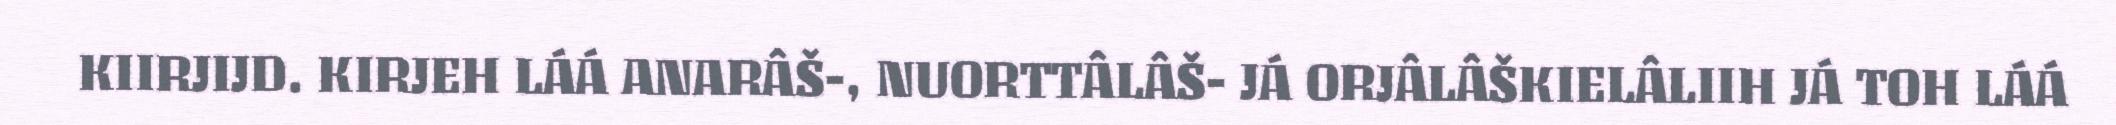
KIIRJIJD. KIRJEH LÁÁ ANARÂŠ-, NUORTTÂLÂŠ- JÁ ORJÂLÂŠKIELÂLIIH JÁ TOH LÁÁ